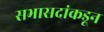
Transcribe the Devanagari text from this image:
सभासदांकडून